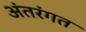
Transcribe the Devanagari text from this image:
अंतरंगत